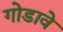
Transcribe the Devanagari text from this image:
गोडावे